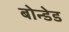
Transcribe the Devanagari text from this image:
बोन्‍डेड